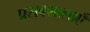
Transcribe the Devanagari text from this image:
प्रसवशालाएँ